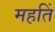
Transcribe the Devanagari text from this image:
महतिं